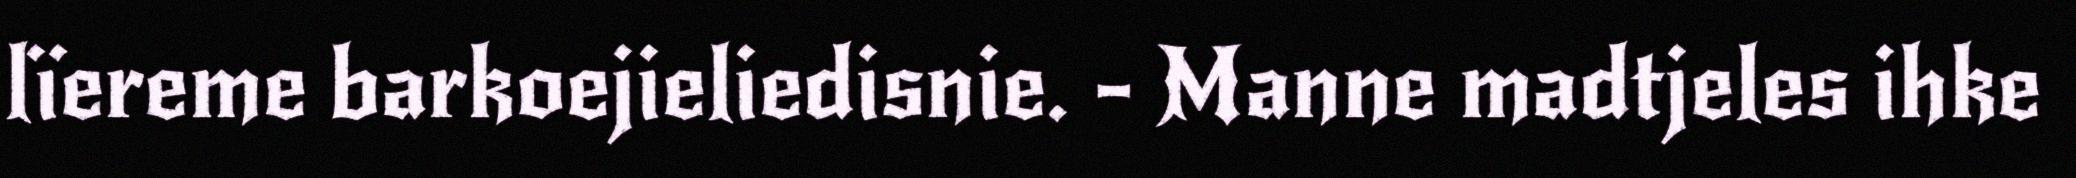
lïereme barkoejieliedisnie. - Manne madtjeles ihke